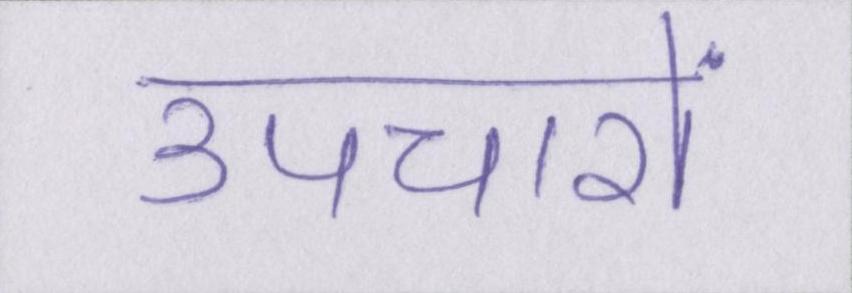
उपचारों